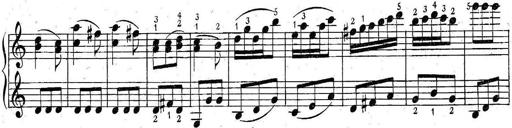
Title: 6 Easy Sonatinas
Composer: Carl Czerny